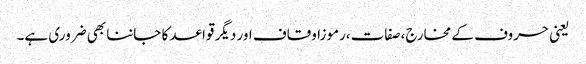
یعنی حروف کے مخارج،صفات،رموزاوقاف اور دیگر قواعد کا جاننا بھی ضروری ہے۔